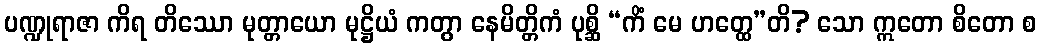
ပဏ္ဍုရာဇာ ကိရ တိဿော မုတ္တာယော မုဋ္ဌိယံ ကတွာ နေမိတ္တိကံ ပုစ္ဆိ “ကိံ မေ ဟတ္ထေ”တိ? သော ဣတော စိတော စ